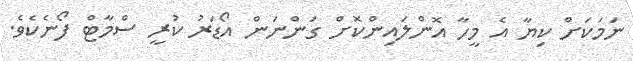
ނަމަކަށް ކިޔާ އެ މީހާ އޮންލައިންކޮށް ގަންނަން އޯޑަރު ކުރީ ސްމާޓް ފޯނެކެވެ.